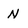
Character: N